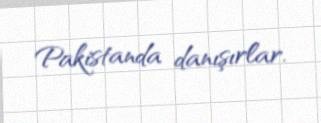
Pakistanda danışırlar.